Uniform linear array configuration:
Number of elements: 24
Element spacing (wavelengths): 1
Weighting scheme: uniform
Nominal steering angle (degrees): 0
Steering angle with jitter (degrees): -0.01268
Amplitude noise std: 0.05
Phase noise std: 0.05

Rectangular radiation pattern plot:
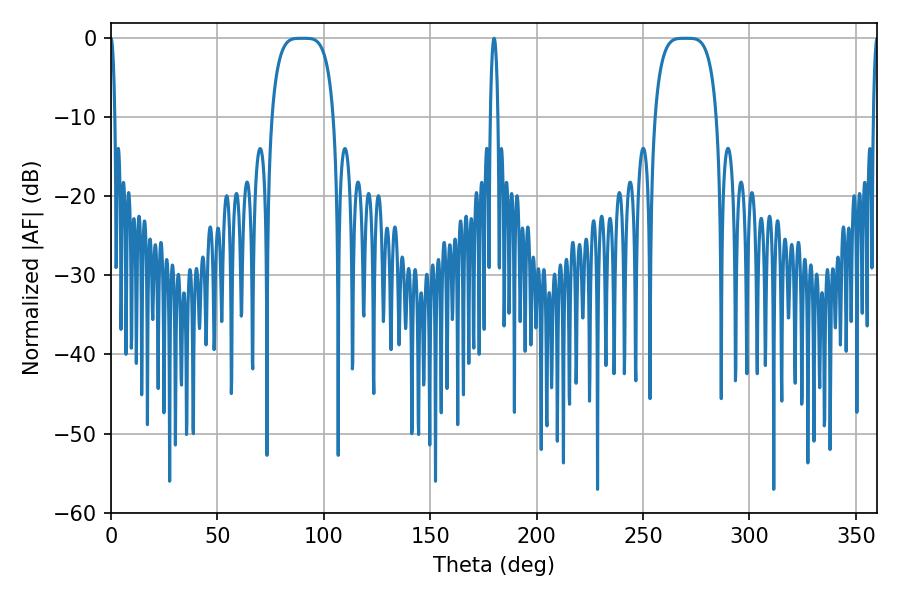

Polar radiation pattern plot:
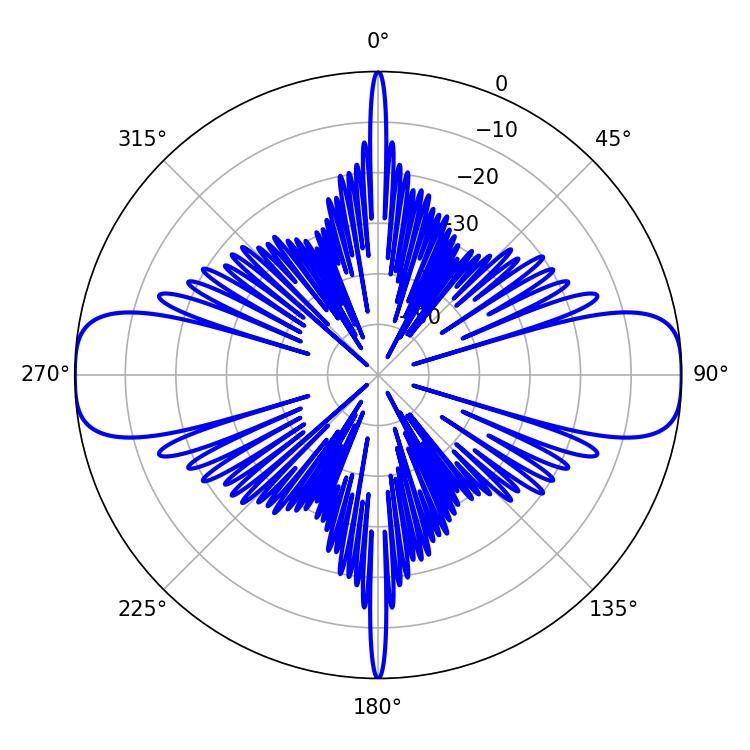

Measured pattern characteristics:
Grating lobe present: TRUE
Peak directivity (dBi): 34.746
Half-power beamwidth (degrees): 21.96
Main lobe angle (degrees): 89.64